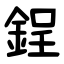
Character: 鋥